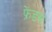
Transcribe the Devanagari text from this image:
फ्रेंडस